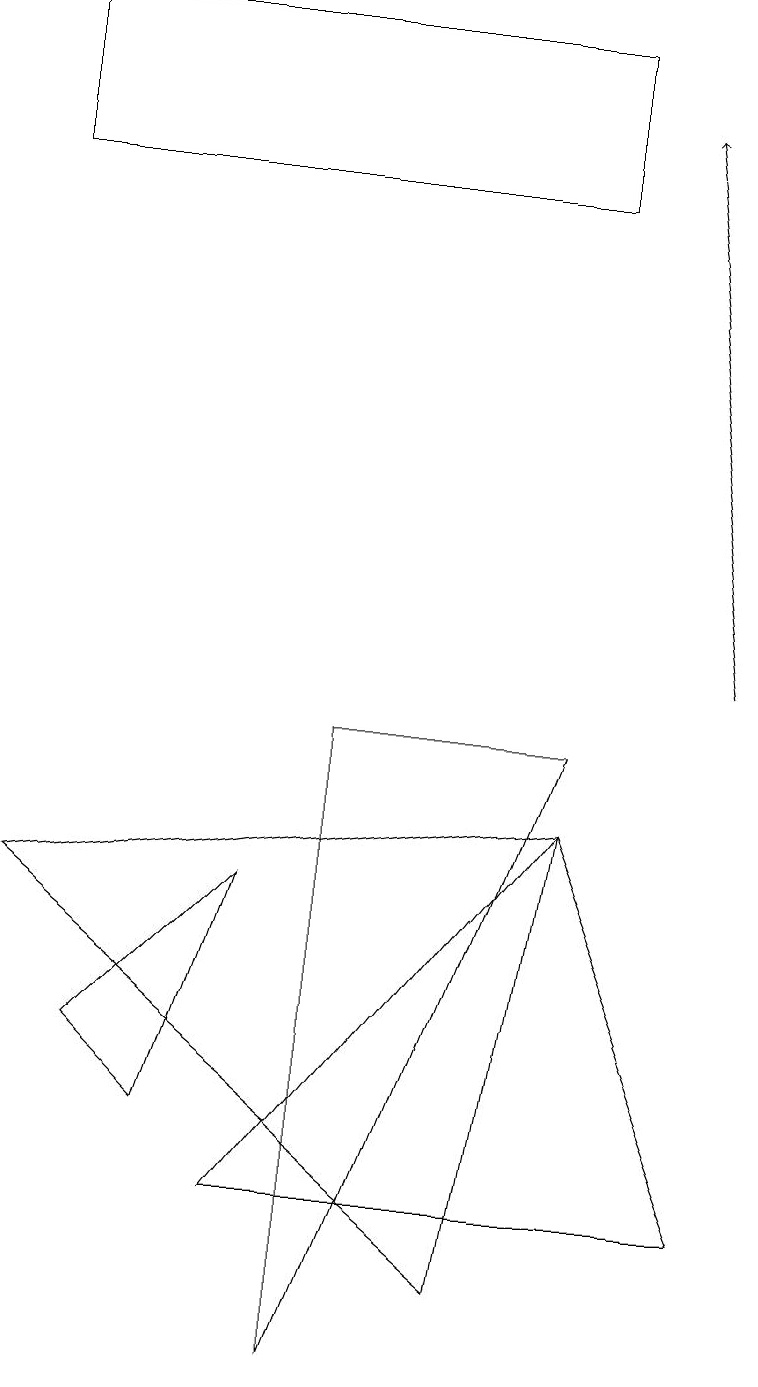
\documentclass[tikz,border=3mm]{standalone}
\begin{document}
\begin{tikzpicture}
\draw[->] (9,10) -- (8,17);
\draw (3,3) -- (9,3) -- (7,8) -- cycle;
\draw (4,9) -- (7,9) -- (4,1) -- cycle;
\draw (7,16) rectangle (0,18);
\draw (1,5) -- (3,7) -- (2,4) -- cycle;
\draw (6,2) -- (7,8) -- (0,7) -- cycle;
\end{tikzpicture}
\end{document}